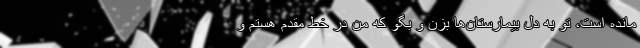
مانده است، تو به دل بیمارستان‌ها بزن و بگو که من در خط مقدم هستم و